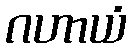
ဂဟာယံ